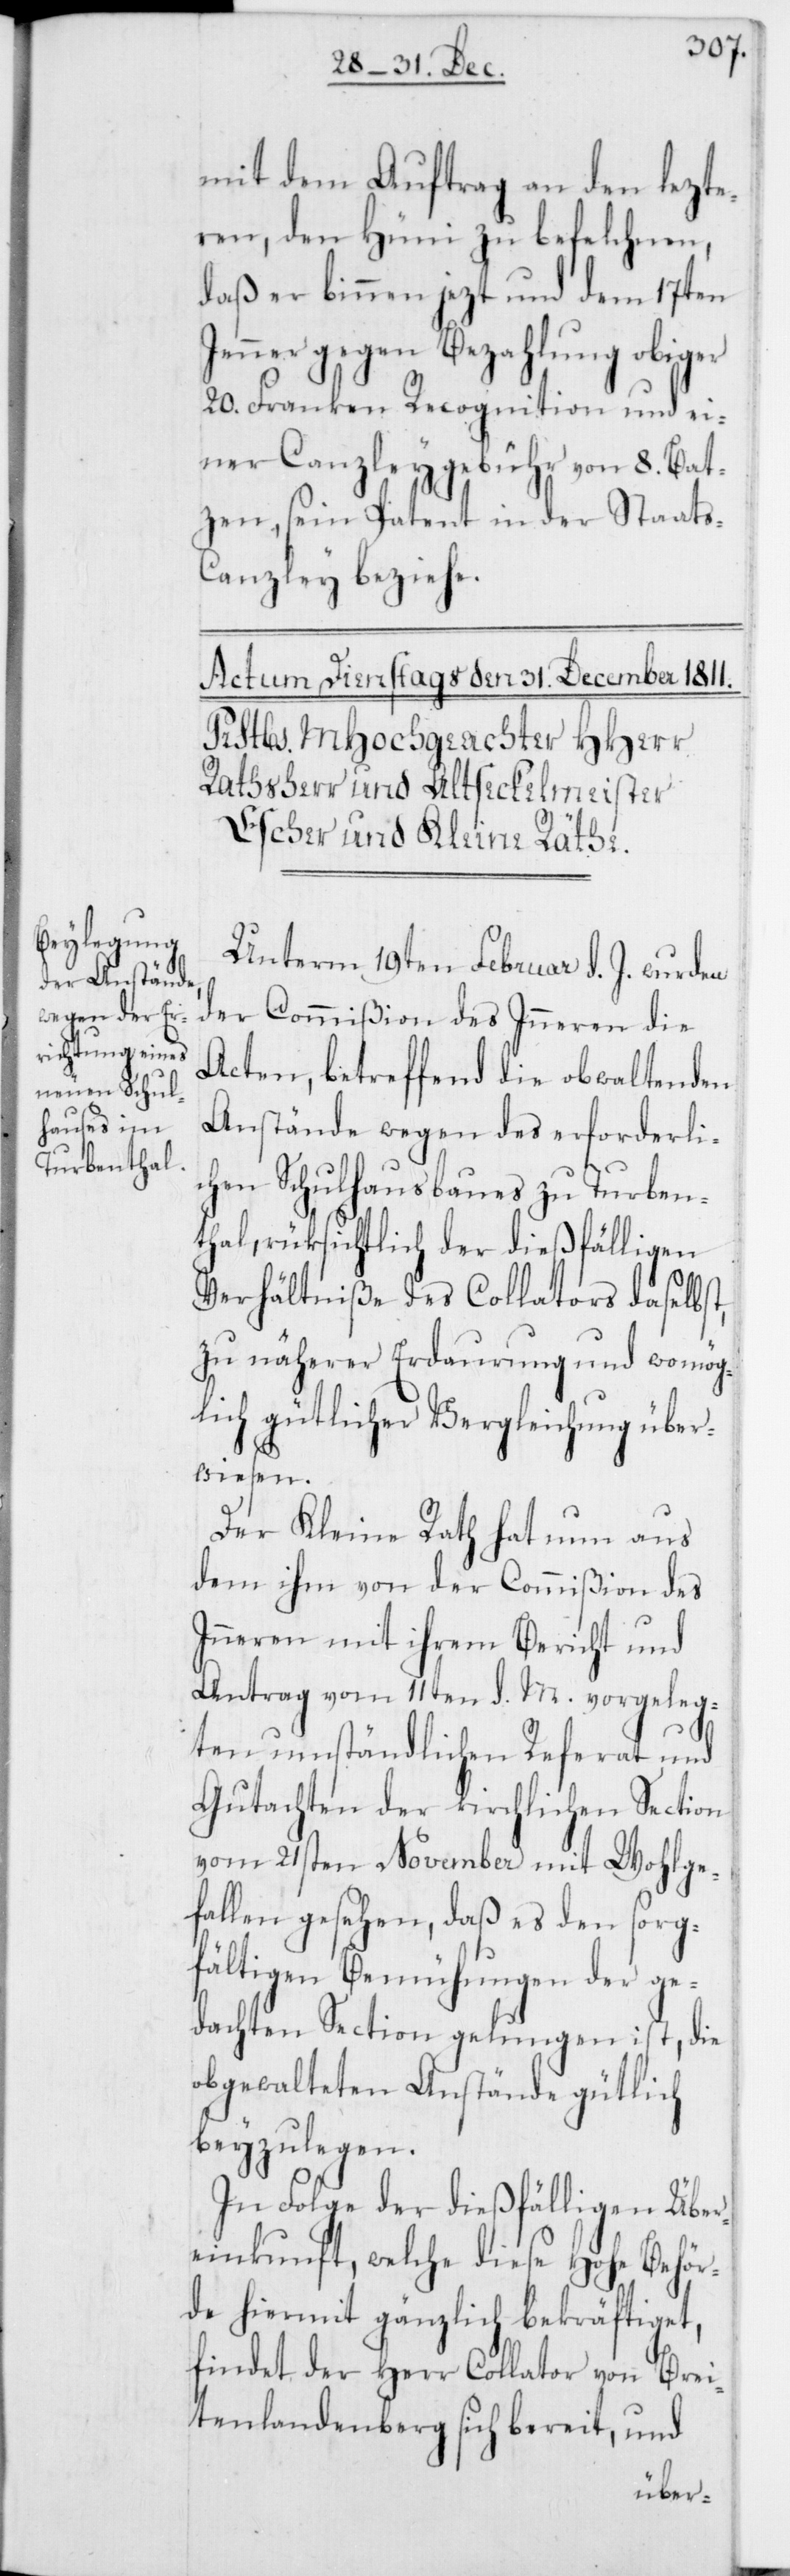
mit dem Auftrag an den lezte¬
ren, den Hüni zu befelchnen,
daß er binnen jezt und dem 17ten
Jenner gegen Bezahlung obiger
20. Franken Recognition und ei¬
ner Canzleygebühr von 8. Bat¬
zen, sein Patent in der Staat¬
s-Canzley beziehe.
Unterm 19ten Februar d. J. wurden
der Commißion des Inneren die
Acten, betreffend die obwaltenden
Anstände wegen des erforderli¬
chen Schulhausbaues zu Turben¬
thal, rüksichtlich der dießfälligen
Verhältniße des Collators daselbst,
zu näherer Erdaurung und womög¬
lich gütlicher Vergleichung über¬
wiesen.
Der Kleine Rath hat nun aus
dem ihm von der Commißion des
Inneren mit ihrem Bericht und
Antrag vom 11ten d. M. vorgeleg¬
ten umständlichen Referat, und
Gutachten der kirchlichen Section
vom 21sten November mit Wohlge¬
fallen gesehen, daß es den sorg¬
fältigen Bemühungen der ge¬
dachten Section gelungen ist, die
obgewalteten Anstände gütlich
beyzulegen.
In Folge der dießfälligen Über¬
einkunft, welche diese Hohe Behör¬
de hiermit gänzlich bekräftiget,
findet der Herr Collator von Brei¬
tenlandenberg sich bereit, und